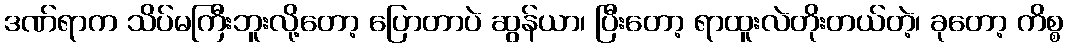
ဒဏ်ရာက သိပ်မကြီးဘူးလို့တော့ ပြောတာပဲ ဆွန်ယာ၊ ပြီးတော့ ရာထူးလဲတိုးတယ်တဲ့၊ ခုတော့ ကိစ္စ